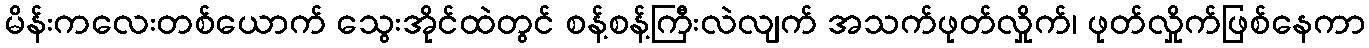
မိန်းကလေးတစ်ယောက် သွေးအိုင်ထဲတွင် စန့်စန့်ကြီးလဲလျက် အသက်ဖုတ်လှိုက်၊ ဖုတ်လှိုက်ဖြစ်နေကာ